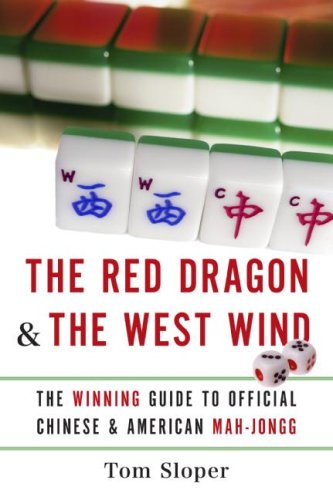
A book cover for The Red Dragon & The West Wind: The Winning Guide to Official Chinese & American Mah-Jongg; Tom Sloper; Humor & Entertainment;